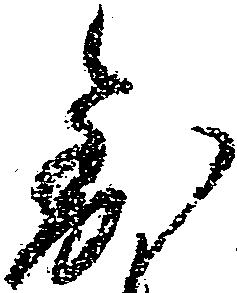
到